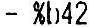
- %B42